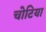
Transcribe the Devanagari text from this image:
चोटिया